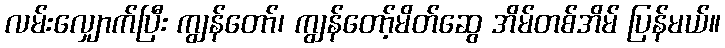
လမ်းလျှောက်ပြီး ကျွန်တော်၊ ကျွန်တော့်မိတ်ဆွေ အိမ်တစ်အိမ် ပြန်မယ်။